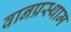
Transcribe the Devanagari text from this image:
वानप्रस्थाम